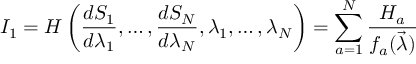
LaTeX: I _ { 1 } = H \left( \frac { d S _ { 1 } } { d \lambda _ { 1 } } , \dots , \frac { d S _ { N } } { d \lambda _ { N } } , \lambda _ { 1 } , \dots , \lambda _ { N } \right) = \sum _ { a = 1 } ^ { N } \frac { H _ { a } } { f _ { a } ( \vec { \lambda } ) }